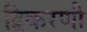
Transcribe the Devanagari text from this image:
द्विकरणी